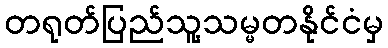
တရုတ်ပြည်သူ့သမ္မတနိုင်ငံမှ